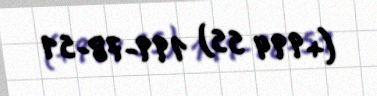
(+994 55) 199-78-51